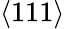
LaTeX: \left\langle 111\right\rangle